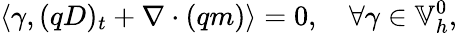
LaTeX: \left\langle\gamma,(qD)_{t}+\nabla\cdot(qm)\right\rangle=0,\quad\forall\gamma\in\mathbb{V}_{h}^{0},